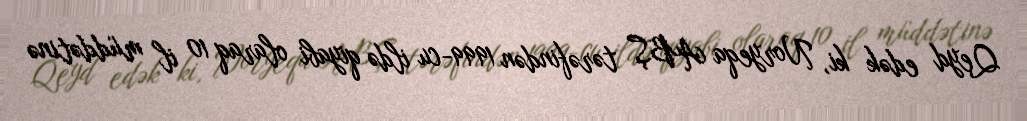
Qeyd edək ki, Noryeqa ABŞ tərəfindən 1999-cu ildə qiyabi olaraq 10 il müddətinə